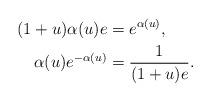
LaTeX: \begin{align*} (1+u)\alpha(u)e&=e^{\alpha(u)},\\\alpha(u)e^{-\alpha(u)} &= \frac{1}{(1+u)e}.\end{align*}